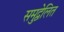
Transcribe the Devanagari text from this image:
समुद्वेलित